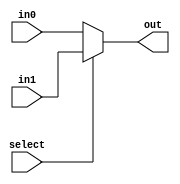
/* PURPOSE: This is a multiplexer. If select is 0, output is input0. If select is 1, output is input 1. 
 * INPUTS : input 0, input 1, select bit, 
 * OUTPUTS: output
 * Conor O'Connell
 * 5/5/2016
 */
 
module mux32x2(in0, in1, select, out);
  parameter WIDTH = 32;
  
  input [WIDTH - 1:0] in1;
  input [WIDTH - 1:0] in0;
  input select;
  output [WIDTH - 1:0] out;
  
  assign out = select ? in1 : in0;
endmodule

module mux32x4(in0, in1, in2, in3, select, out);
  parameter WIDTH = 32;
  
  input [WIDTH - 1:0] in1;
  input [WIDTH - 1:0] in0;
  input [WIDTH - 1:0] in2;
  input [WIDTH - 1:0] in3;
  input [1:0] select;
  output [WIDTH - 1:0] out;
  
  wire [WIDTH - 1:0] level1Aout;
  wire [WIDTH - 1:0] level1Bout;
  
  mux32x2 level1A(in0, in1, select[0], level1Aout);
  mux32x2 level1B(in2, in3, select[0], level1Bout);
  
  
  mux32x2 level2(level1Aout, level1Bout, select[1], out);
endmodule